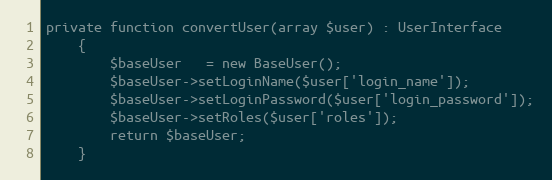
Language: PHP
private function convertUser(array $user) : UserInterface
    {
        $baseUser   = new BaseUser();
        $baseUser->setLoginName($user['login_name']);
        $baseUser->setLoginPassword($user['login_password']);
        $baseUser->setRoles($user['roles']);
        return $baseUser;
    }